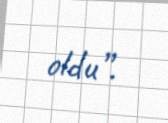
oldu”.